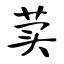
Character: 荬